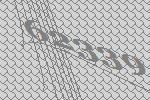
62339